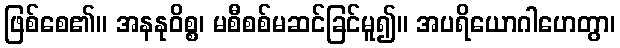
ဖြစ်စေ၏။ အနနုဝိစ္စ၊ မစီစစ်မဆင်ခြင်မူ၍။ အပရိယောဂါဟေတွာ၊